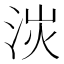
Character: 𣴽